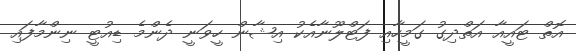
އޮތް ޓައީއާ އަތްދިގު ގަމީހާއި ފަޓްލޫނާއެކު އިޝާން ހީވަނީ ދެންމެ ޑިއުޓީ ނިންމާފައި